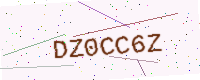
Text: DZ0CC6Z